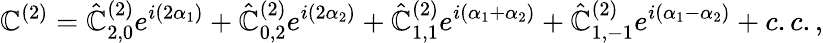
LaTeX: \mathbb{C}^{(2)}=\hat{{\mathbb{C}}}_{2,0}^{(2)}e^{i(2\alpha_{1})}+\hat{{\mathbb{C}}}_{0,2}^{(2)}e^{i(2\alpha_{2})}+\hat{{\mathbb{C}}}_{1,1}^{(2)}e^{i(\alpha_{1}+\alpha_{2})}+\hat{{\mathbb{C}}}_{1,-1}^{(2)}e^{i(\alpha_{1}-\alpha_{2})}+c.c.,